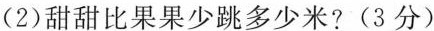
(2)甜甜比果果少跳多少米?(3分)